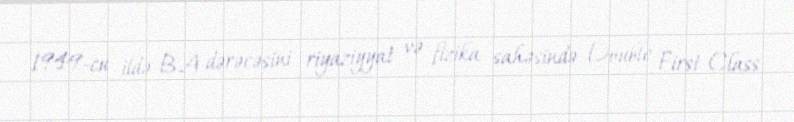
1949-cu ildə B.A dərəcəsini riyaziyyat və fizika sahəsində Double First-Class